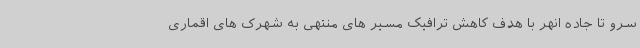
سرو تا جاده انهر با هدف کاهش ترافیک مسیر های منتهی به شهرک های اقماری